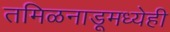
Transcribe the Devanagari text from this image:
तमिळनाडूमध्येही